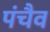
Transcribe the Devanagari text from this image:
पंचैव